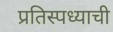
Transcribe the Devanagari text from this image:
प्रतिस्पध्याची